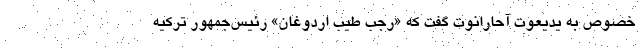
خصوص به یدیعوت آحارانوت گفت که «رجب طیب اردوغان» رئیس‌جمهور ترکیه